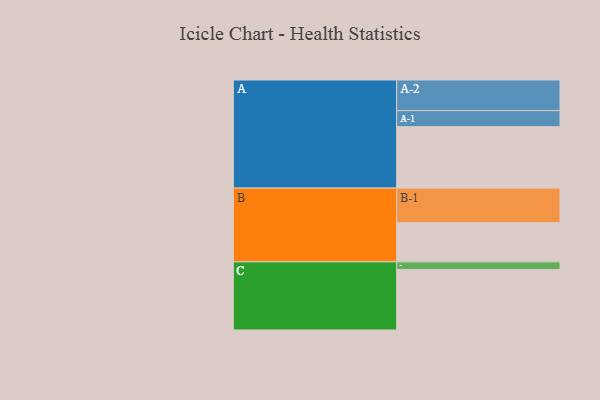
{"axis": {"x": "Segment", "y": "Value"}, "legend": ["", "A", "B", "C"], "data": [{"x": "A", "y": 513, "type": ""}, {"x": "B", "y": 327, "type": ""}, {"x": "C", "y": 506, "type": ""}, {"x": "A-1", "y": 134, "type": "A"}, {"x": "A-2", "y": 256, "type": "A"}, {"x": "B-1", "y": 289, "type": "B"}, {"x": "C-1", "y": 63, "type": "C"}]}